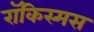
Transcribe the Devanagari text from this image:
रॉकिस्मस